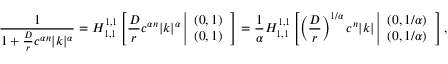
\frac { 1 } { 1 + \frac { D } { r } c ^ { \alpha n } | k | ^ { \alpha } } = H _ { 1 , 1 } ^ { 1 , 1 } \left[ \frac { D } { r } c ^ { \alpha n } | k | ^ { \alpha } \left| \begin{array} { l l } { ( 0 , 1 ) } \\ { ( 0 , 1 ) } \end{array} \right. \right] = \frac { 1 } { \alpha } H _ { 1 , 1 } ^ { 1 , 1 } \left[ \left( \frac { D } { r } \right) ^ { 1 / \alpha } c ^ { n } | k | \left| \begin{array} { l l } { ( 0 , 1 / \alpha ) } \\ { ( 0 , 1 / \alpha ) } \end{array} \right. \right] ,